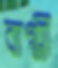
বাগ্মী